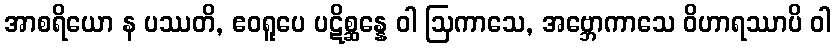
အာစရိယော န ပဿတိ, ဧဝရူပေ ပဋိစ္ဆန္နေ ဝါ ဩကာသေ, အဗ္ဘောကာသေ ဝိဟာရဿာပိ ဝါ